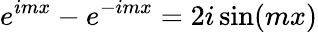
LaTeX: e^{imx}-e^{-imx}=2i\sin(mx)